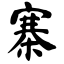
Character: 寨